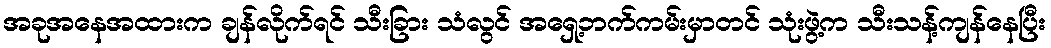
အခုအနေအထားက ချန်လိုက်ရင် သီးခြား သံလွင် အရှေ့ဘက်ကမ်းမှာတင် သုံးဖွဲ့က သီးသန့်ကျန်နေပြီး